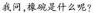
我问，橡碗是什么呢？